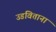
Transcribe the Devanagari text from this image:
उडविताना